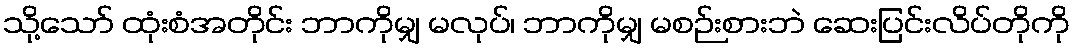
သို့သော် ထုံးစံအတိုင်း ဘာကိုမျှ မလုပ်၊ ဘာကိုမျှ မစဉ်းစားဘဲ ဆေးပြင်းလိပ်တိုကို